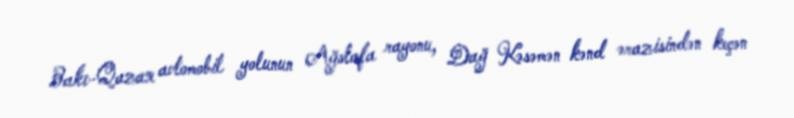
Bakı-Qazax avtomobil yolunun Ağstafa rayonu, Dağ Kəsəmən kənd ərazisindən keçən